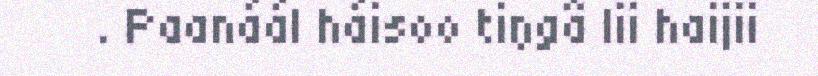
. Paanáál háisoo tiŋgâ lii haijii